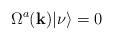
LaTeX: \begin{align*}\Omega^{a}({\bf{k}}) |\nu\rangle=0\;\end{align*}